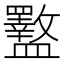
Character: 𪾜